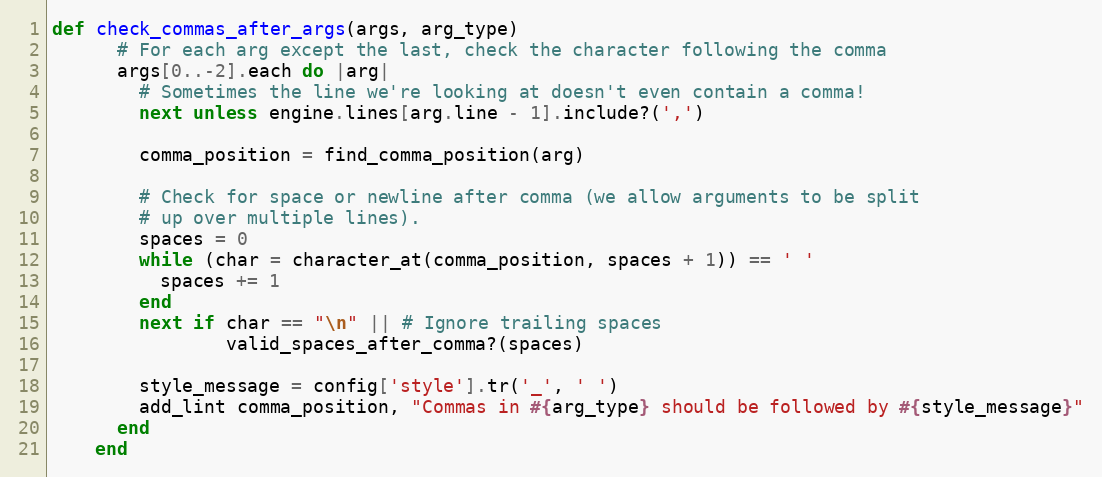
Language: Ruby
def check_commas_after_args(args, arg_type)
      # For each arg except the last, check the character following the comma
      args[0..-2].each do |arg|
        # Sometimes the line we're looking at doesn't even contain a comma!
        next unless engine.lines[arg.line - 1].include?(',')

        comma_position = find_comma_position(arg)

        # Check for space or newline after comma (we allow arguments to be split
        # up over multiple lines).
        spaces = 0
        while (char = character_at(comma_position, spaces + 1)) == ' '
          spaces += 1
        end
        next if char == "\n" || # Ignore trailing spaces
                valid_spaces_after_comma?(spaces)

        style_message = config['style'].tr('_', ' ')
        add_lint comma_position, "Commas in #{arg_type} should be followed by #{style_message}"
      end
    end